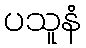
ပသူနံ